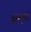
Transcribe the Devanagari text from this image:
भक्ष्‍य